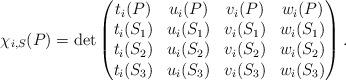
LaTeX: \begin{align*} \chi_{i,S}(P) = \det \begin{pmatrix} t_i(P) & u_i(P) & v_i(P) & w_i(P) \\t_i(S_1) & u_i(S_1) & v_i(S_1) & w_i(S_1) \\t_i(S_2) & u_i(S_2) & v_i(S_2) & w_i(S_2) \\t_i(S_3) & u_i(S_3) & v_i(S_3) & w_i(S_3) \end{pmatrix}.\end{align*}